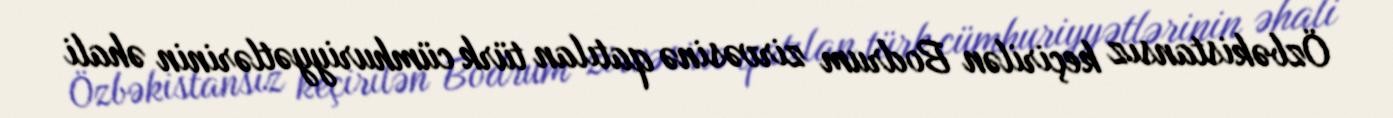
Özbəkistansız keçirilən Bodrum zirvəsinə qatılan türk cümhuriyyətlərinin əhali